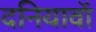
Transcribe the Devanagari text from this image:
दनियावॉ